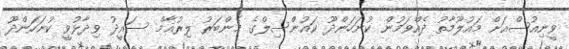
ވީނިއުސްއަށް މައުލޫމާތު ދެއްވަމުން ކުނަހަންދޫ ކައުންސިލްގެ މެންބަރު ލިރުޣާމް ސައީދު ވިދާޅުވީ ކުނަހަންދޫ